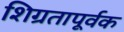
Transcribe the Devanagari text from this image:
शिग्रतापूर्वक